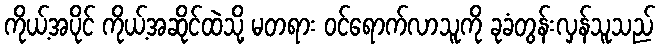
ကိုယ့်အပိုင် ကိုယ့်အဆိုင်ထဲသို့ မတရား ဝင်ရောက်လာသူကို ခုခံတွန်းလှန်သူသည်